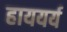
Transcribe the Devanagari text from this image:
हाययर्य